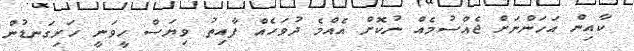
ކާއިން އަހަންނަށް ޖެއްސުމެއް ނުކޮށް އެއްމެ ދުވަހެއް ފާއިތު ވިޔަސް ހީވަނީ ހަށިގަނޑުން